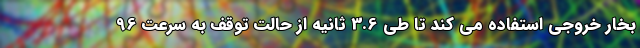
بخار خروجی استفاده می کند تا طی 3.6 ثانیه از حالت توقف به سرعت 96